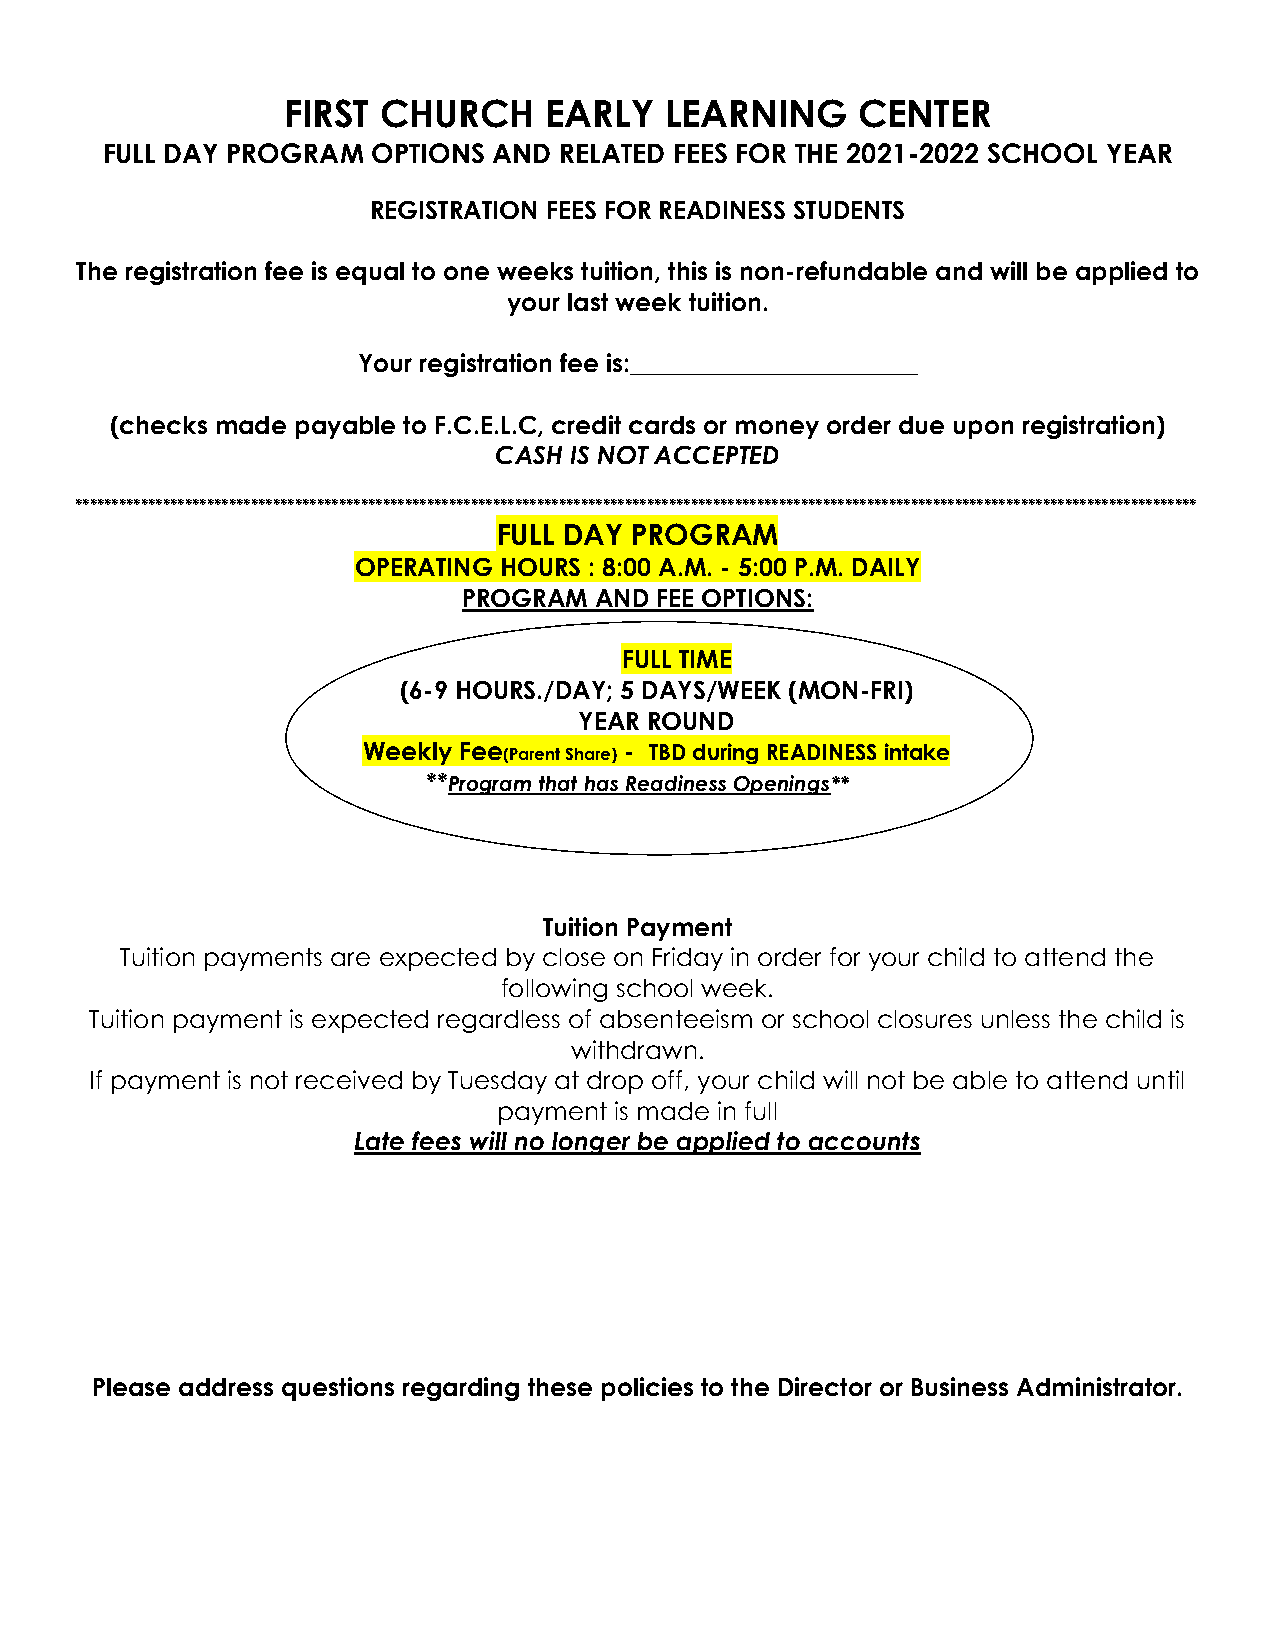
FIRST CHURCH     EARLY   LEARNING     CENTER
 FULL DAY PROGRAM  OPTIONS AND RELATED FEES FOR THE 2021-2022 SCHOOL YEAR
 REGISTRATION FEES FOR READINESS STUDENTS
 The registration fee is equal to one weeks tuition, this is non-refundable and will be applied to
 your last week tuition.
 Your registration fee is:_______________________
 (checks made payable to F.C.E.L.C, credit cards or money order due upon registration)
 CASH IS NOT ACCEPTED
 *********************************************************************************************************************************************************
 FULL DAY PROGRAM
 OPERATING HOURS : 8:00 A.M. - 5:00 P.M. DAILY
 PROGRAM AND FEE OPTIONS:
 FULL TIME
 (6-9 HOURS./DAY; 5 DAYS/WEEK (MON-FRI)
 YEAR ROUND
 Weekly Fee (Parent Share) - TBD during READINESS intake
 **Program that has Readiness Openings**
 Tuition Payment
 Tuition payments are expected by close on Friday in order for your child to attend the
 following school week.
 Tuition payment is expected regardless of absenteeism or school closures unless the child is
 withdrawn.
 If payment is not received by Tuesday at drop off, your child will not be able to attend until
 payment is made in full
 Late fees will no longer be applied to accounts
 Please address questions regarding these policies to the Director or Business Administrator.